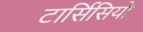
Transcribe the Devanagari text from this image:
टार्सिसियो